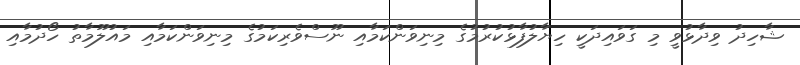
ޝާހިދު ވިދާޅުވީ މި ގަވައިދަކީ ހިޔާލުފާޅުކުރުމުގެ މިނިވަންކަމާއި ނޫސްވެރިކަމުގެ މިނިވަންކަމާއި މައުލޫމާތު ހޯދުމާއި